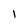
Character: l